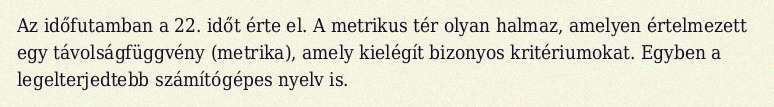
Az időfutamban a 22. időt érte el. A metrikus tér olyan halmaz, amelyen értelmezett egy távolságfüggvény (metrika), amely kielégít bizonyos kritériumokat. Egyben a legelterjedtebb számítógépes nyelv is.